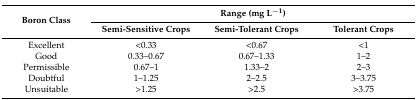
<table><thead><tr><td rowspan="2"><b>Boron Class</b></td><td colspan="3"><b>Range (mg L<sup>−1</sup>)</b></td></tr><tr><td><b>Semi-Sensitive Crops</b></td><td><b>Semi-Tolerant Crops</b></td><td><b>Tolerant Crops</b></td></tr></thead><tbody><tr><td>Excellent</td><td>&lt;0.33</td><td>&lt;0.67</td><td>&lt;1</td></tr><tr><td>Good</td><td>0.33–0.67</td><td>0.67–1.33</td><td>1–2</td></tr><tr><td>Permissible</td><td>0.67–1</td><td>1.33–2</td><td>2–3</td></tr><tr><td>Doubtful</td><td>1–1.25</td><td>2–2.5</td><td>3–3.75</td></tr><tr><td>Unsuitable</td><td>&gt;1.25</td><td>&gt;2.5</td><td>&gt;3.75</td></tr></tbody></table>